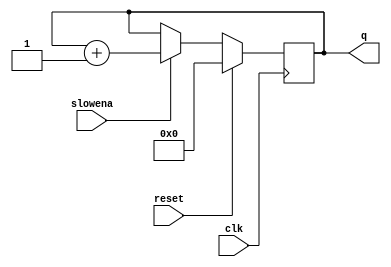
module top_module (
    input clk,
    input slowena,
    input reset,
    output [3:0] q);

    reg [3:0] counter;
    reg enable;

    always @(posedge clk) begin
        if (reset) begin
            counter <= 0;
            enable <= 1'b0;
        end else begin
            if (slowena) begin
                counter <= counter + 1;
            end
        end
    end

    assign q = counter;

endmodule